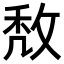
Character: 𢽈